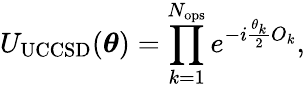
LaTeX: U_{\mathrm{UCCSD}}(\boldsymbol{\theta})=\prod_{k=1}^{N_{\mathrm{ops}}}e^{-i\frac{\theta_{k}}{2}O_{k}},